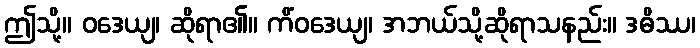
ဤသို့။ ဝဒေယျ၊ ဆိုရာ၏။ ကိံဝဒေယျ၊ အဘယ်သို့ဆိုရာသနည်း။ ဒဓိဿ၊